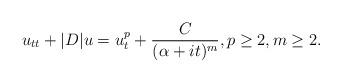
LaTeX: \begin{align*} u_{tt}+|D|u=u_t^p+\frac{C}{(\alpha+it)^m},p\geq 2, m\geq 2.\end{align*}